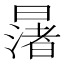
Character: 𪱅